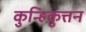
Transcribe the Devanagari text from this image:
कुन्हिकुत्तन